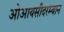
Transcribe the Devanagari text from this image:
ओआयसीदरम्यान